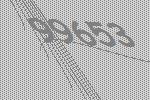
99653